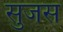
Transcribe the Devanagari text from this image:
सुजस